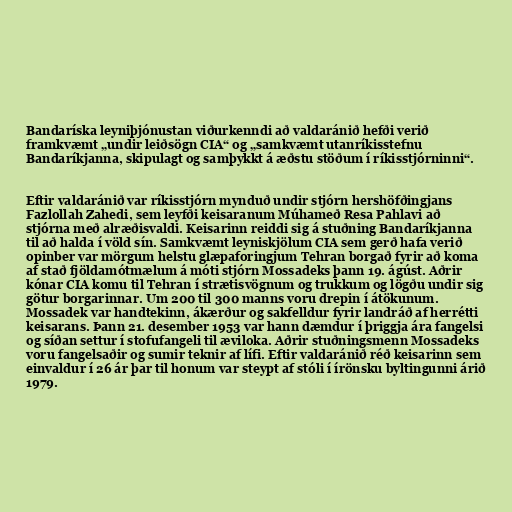
Bandaríska leyniþjónustan viðurkenndi að valdaránið hefði verið
framkvæmt „undir leiðsögn CIA“ og „samkvæmt utanríkisstefnu
Bandaríkjanna, skipulagt og samþykkt á æðstu stöðum í ríkisstjórninni“.

Eftir valdaránið var ríkisstjórn mynduð undir stjórn hershöfðingjans
Fazlollah Zahedi, sem leyfði keisaranum Múhameð Resa Pahlavi að
stjórna með alræðisvaldi. Keisarinn reiddi sig á stuðning Bandaríkjanna
til að halda í völd sín. Samkvæmt leyniskjölum CIA sem gerð hafa verið
opinber var mörgum helstu glæpaforingjum Tehran borgað fyrir að koma
af stað fjöldamótmælum á móti stjórn Mossadeks þann 19. ágúst. Aðrir
kónar CIA komu til Tehran í strætisvögnum og trukkum og lögðu undir sig
götur borgarinnar. Um 200 til 300 manns voru drepin í átökunum.
Mossadek var handtekinn, ákærður og sakfelldur fyrir landráð af herrétti
keisarans. Þann 21. desember 1953 var hann dæmdur í þriggja ára fangelsi
og síðan settur í stofufangeli til æviloka. Aðrir stuðningsmenn Mossadeks
voru fangelsaðir og sumir teknir af lífi. Eftir valdaránið réð keisarinn sem
einvaldur í 26 ár þar til honum var steypt af stóli í írönsku byltingunni árið
1979.